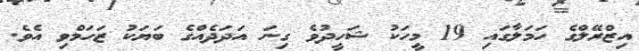
އިޒްރޭލްގެ ހަމަލާގައި 19 މީހަކު ޝަހީދުވެ ގިނަ އަދަދެއްގެ ބަޔަކު ޒަހަމްވި އެވެ.